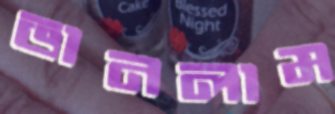
ভানলাম